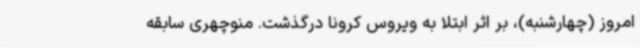
امروز (چهارشنبه)، بر اثر ابتلا به ویروس کرونا درگذشت. منوچهری سابقه